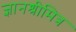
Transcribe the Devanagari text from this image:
ज्ञानश्रीमित्र